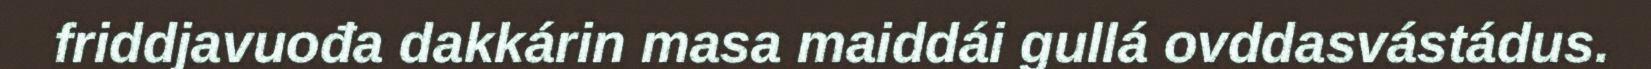
friddjavuođa dakkárin masa maiddái gullá ovddasvástádus.